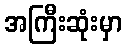
အကြီးဆုံးမှာ